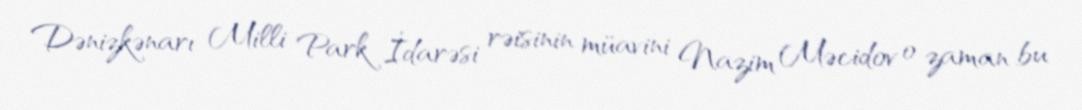
Dənizkənarı Milli Park İdarəsi rəisinin müavini Nazim Məcidov o zaman bu